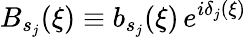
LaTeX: B_{s_{j}}(\xi)\equiv b_{s_{j}}(\xi)\, e^{i\delta_{j}(\xi)}